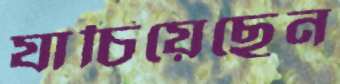
যাচিয়েছেন